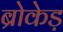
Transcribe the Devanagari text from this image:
ब्रोकेड़